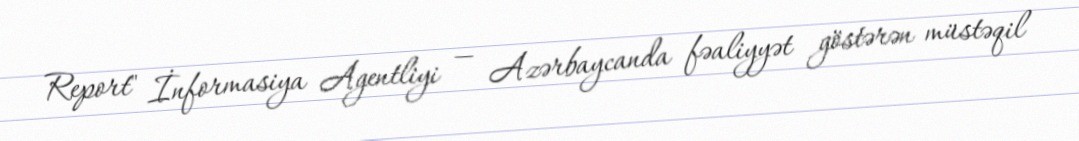
Report" İnformasiya Agentliyi — Azərbaycanda fəaliyyət göstərən müstəqil